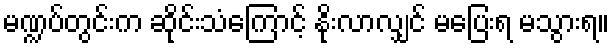
မဏ္ဍပ်တွင်းက ဆိုင်းသံကြောင့် နိုးလာလျှင် မပြေးရ မသွားရ။